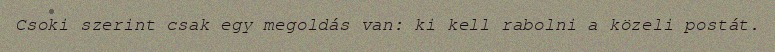
Csoki szerint csak egy megoldás van: ki kell rabolni a közeli postát.